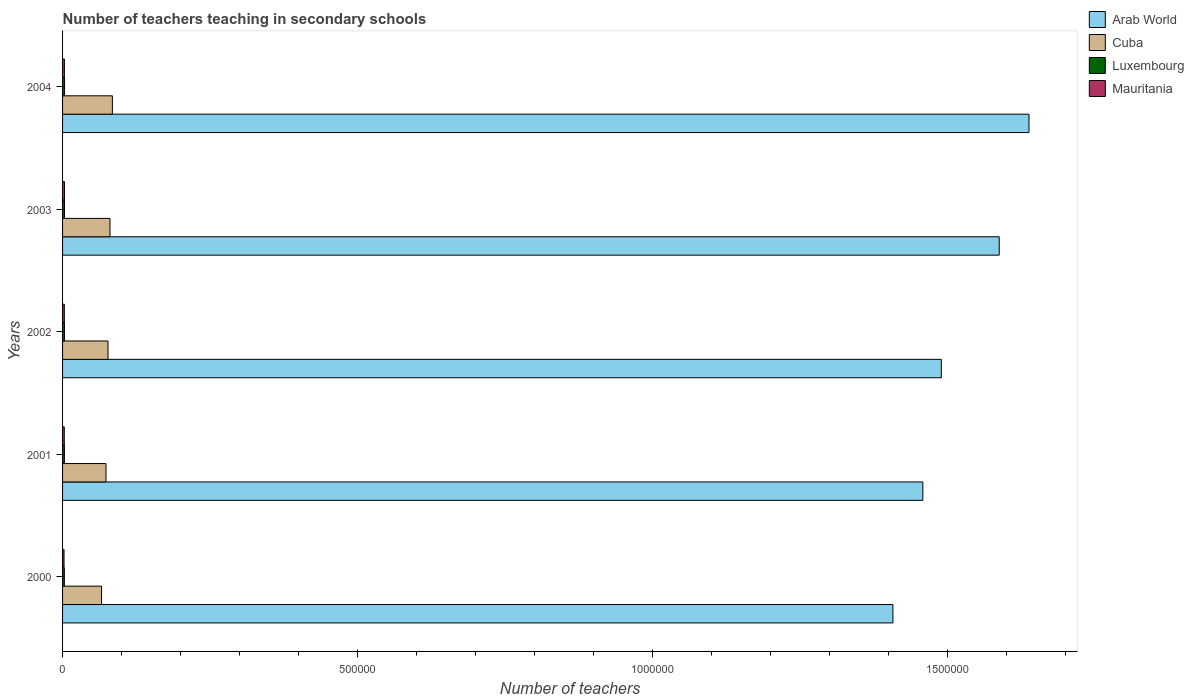
| Years | Arab World | Cuba | Luxembourg | Mauritania |
 | --- | --- | --- | --- | --- |
 | 2000 | 1.41e+06 | 6.61e+04 | 3.03e+03 | 2.49e+03 |
 | 2001 | 1.46e+06 | 7.36e+04 | 3.12e+03 | 2.91e+03 |
 | 2002 | 1.49e+06 | 7.7e+04 | 3.21e+03 | 3e+03 |
 | 2003 | 1.59e+06 | 8.04e+04 | 3.28e+03 | 3.24e+03 |
 | 2004 | 1.64e+06 | 8.45e+04 | 3.36e+03 | 3.13e+03 |